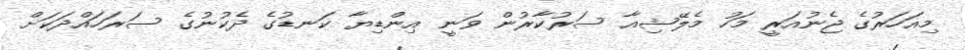
މިއަހަރުގެ ޖެނުއަރީ މަހު މެލޭޝިއާ ސަރުކާރުން ވަނީ އިންޑިޔާ ކަނޑުގެ ދެކުނުގެ ސަރަހައްދަކަށް